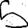
Digit: 5